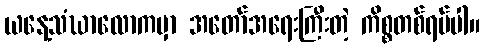
ယနေ့သံဃာလောကမှာ အတော်အရေးကြီးတဲ့ ကိစ္စတစ်ရပ်ပါ။